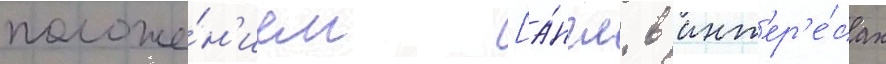
положе́н'ием [а́нгл. в инт'ер'е́сах